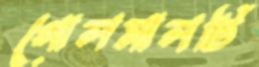
গোলমালটি